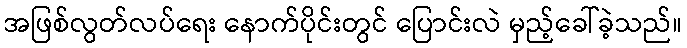
အဖြစ်လွတ်လပ်ရေး နောက်ပိုင်းတွင် ပြောင်းလဲ မှည့်ခေါ်ခဲ့သည်။